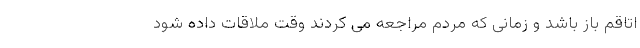
اتاقم باز باشد و زمانی که مردم مراجعه می کردند وقت ملاقات داده شود